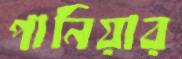
পানিয়ার